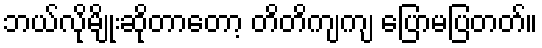
ဘယ်လိုမျိုးဆိုတာတော့ တိတိကျကျ ပြောမပြတတ်။